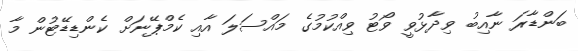
ބަންޑާރަ ނާއިބު ވިދާޅުވީ ވޯޓު ވިއްކުމުގެ މައްސަލަ އާއި ކެމްޕޭނަށް ކެންޑިޑޭޓުން މާ